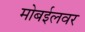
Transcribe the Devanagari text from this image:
मोबईलवर